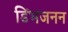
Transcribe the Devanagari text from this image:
डिंभजनन